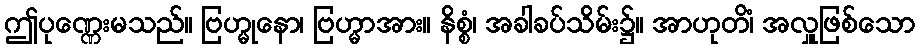
ဤပုဏ္ဏေးမသည်။ ဗြဟ္မုနော၊ ဗြဟ္မာအား။ နိစ္စံ၊ အခါခပ်သိမ်း၌။ အာဟုတိံ၊ အလှူဖြစ်သော